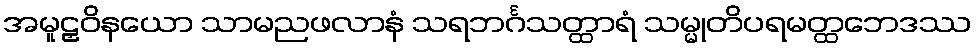
အမူဠှဝိနယော သာမညဖလာနံ သရဘင်္ဂသတ္ထာရံ သမ္မုတိပရမတ္ထဘေဒဿ